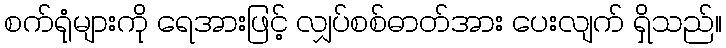
စက်ရုံများကို ရေအားဖြင့် လျှပ်စစ်ဓာတ်အား ပေးလျက် ရှိသည်။